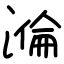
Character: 溣